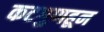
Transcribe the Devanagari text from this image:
कटगुणहून